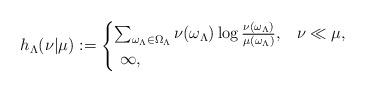
LaTeX: \begin{align*} h_\Lambda(\nu | \mu) := \begin{cases} \sum_{\omega_\Lambda \in \Omega_\Lambda}\nu(\omega_{\Lambda})\log\frac{\nu(\omega_{\Lambda})}{\mu(\omega_\Lambda)}, & \nu \ll \mu, \\\ \infty, & \end{cases}\end{align*}